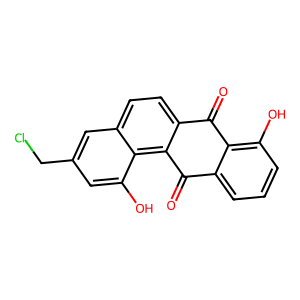
SMILES: O=C1c2ccc3cc(CCl)cc(O)c3c2C(=O)c2cccc(O)c21
Inhibits HIV replication: No